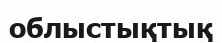
облыстықтық